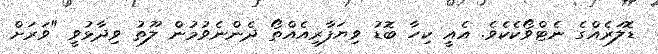
ޑޮލަރެއްގެ ނެޓްވޯކެކެވެ. އެއީ ކިހާ ބޮޑު ވިޔަފާރިއެއްތޯ ދެންނެވުމުން ލޫތު ވިދާޅުވީ "ވަރަށް